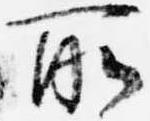
所